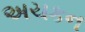
અચકન